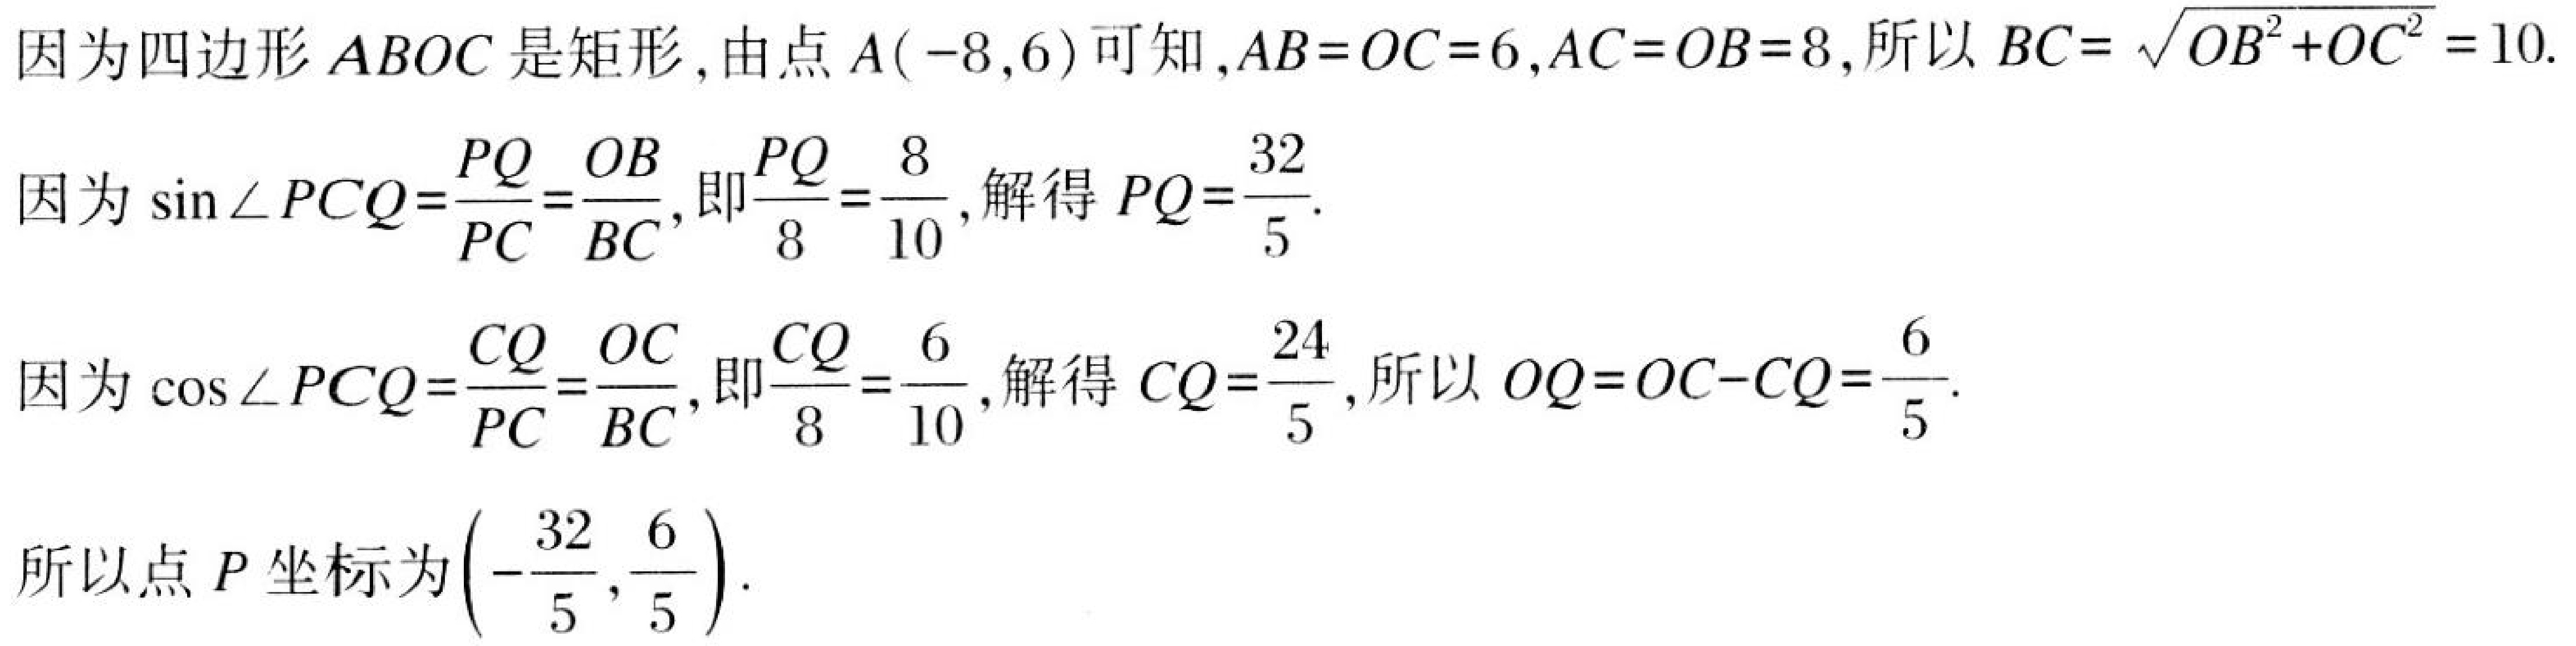
因为四边形\(ABOC\)是矩形,由点\(A(-8,6)\)可知,\(AB = OC = 6\),\(AC = OB = 8\),所以\(BC = \sqrt{OB^{2}+OC^{2}} = 10\).
因为\(\sin\angle PCQ=\frac{PQ}{PC}=\frac{OB}{BC}\),即\(\frac{PQ}{8}=\frac{8}{10}\),解得\(PQ = \frac{32}{5}\).
因为\(\cos\angle PCQ=\frac{CQ}{PC}=\frac{OC}{BC}\),即\(\frac{CQ}{8}=\frac{6}{10}\),解得\(CQ = \frac{24}{5}\),所以\(OQ = OC - CQ=\frac{6}{5}\).
所以点\(P\)坐标为\(\left(-\frac{32}{5},\frac{6}{5}\right)\).